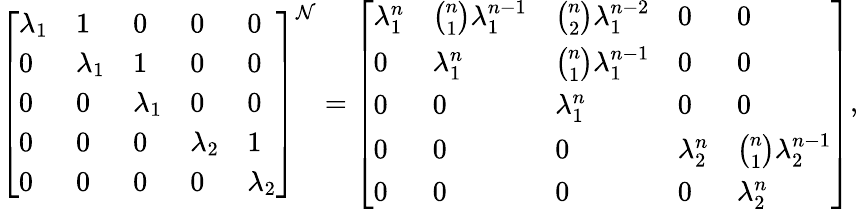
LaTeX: {\left[\begin{array}{lllll}{\lambda_{1}}&{1}&{0}&{0}&{0}\\ {0}&{\lambda_{1}}&{1}&{0}&{0}\\ {0}&{0}&{\lambda_{1}}&{0}&{0}\\ {0}&{0}&{0}&{\lambda_{2}}&{1}\\ {0}&{0}&{0}&{0}&{\lambda_{2}}\end{array}\right]}^{\mathcal{N}}={\left[\begin{array}{lllll}{\lambda_{1}^{n}}&{{\binom{n}{1}}\lambda_{1}^{n-1}}&{{\binom{n}{2}}\lambda_{1}^{n-2}}&{0}&{0}\\ {0}&{\lambda_{1}^{n}}&{{\binom{n}{1}}\lambda_{1}^{n-1}}&{0}&{0}\\ {0}&{0}&{\lambda_{1}^{n}}&{0}&{0}\\ {0}&{0}&{0}&{\lambda_{2}^{n}}&{{\binom{n}{1}}\lambda_{2}^{n-1}}\\ {0}&{0}&{0}&{0}&{\lambda_{2}^{n}}\end{array}\right]},